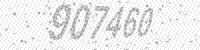
Solution: 907460